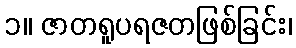
၁။ ဇာတရူပရဇတဖြစ်ခြင်း၊